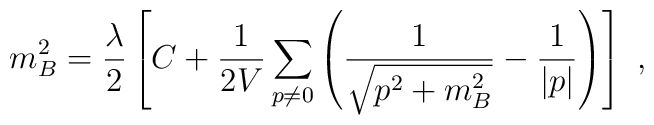
m_B ^2= {\lambda\over 2} \left[ C + {1 \over {2V}} \sum_{p \neq 0}\left( \frac{1}{\sqrt{{p}^2 + m_B ^2}} - \frac{1}{|p|}\right) \right]~,